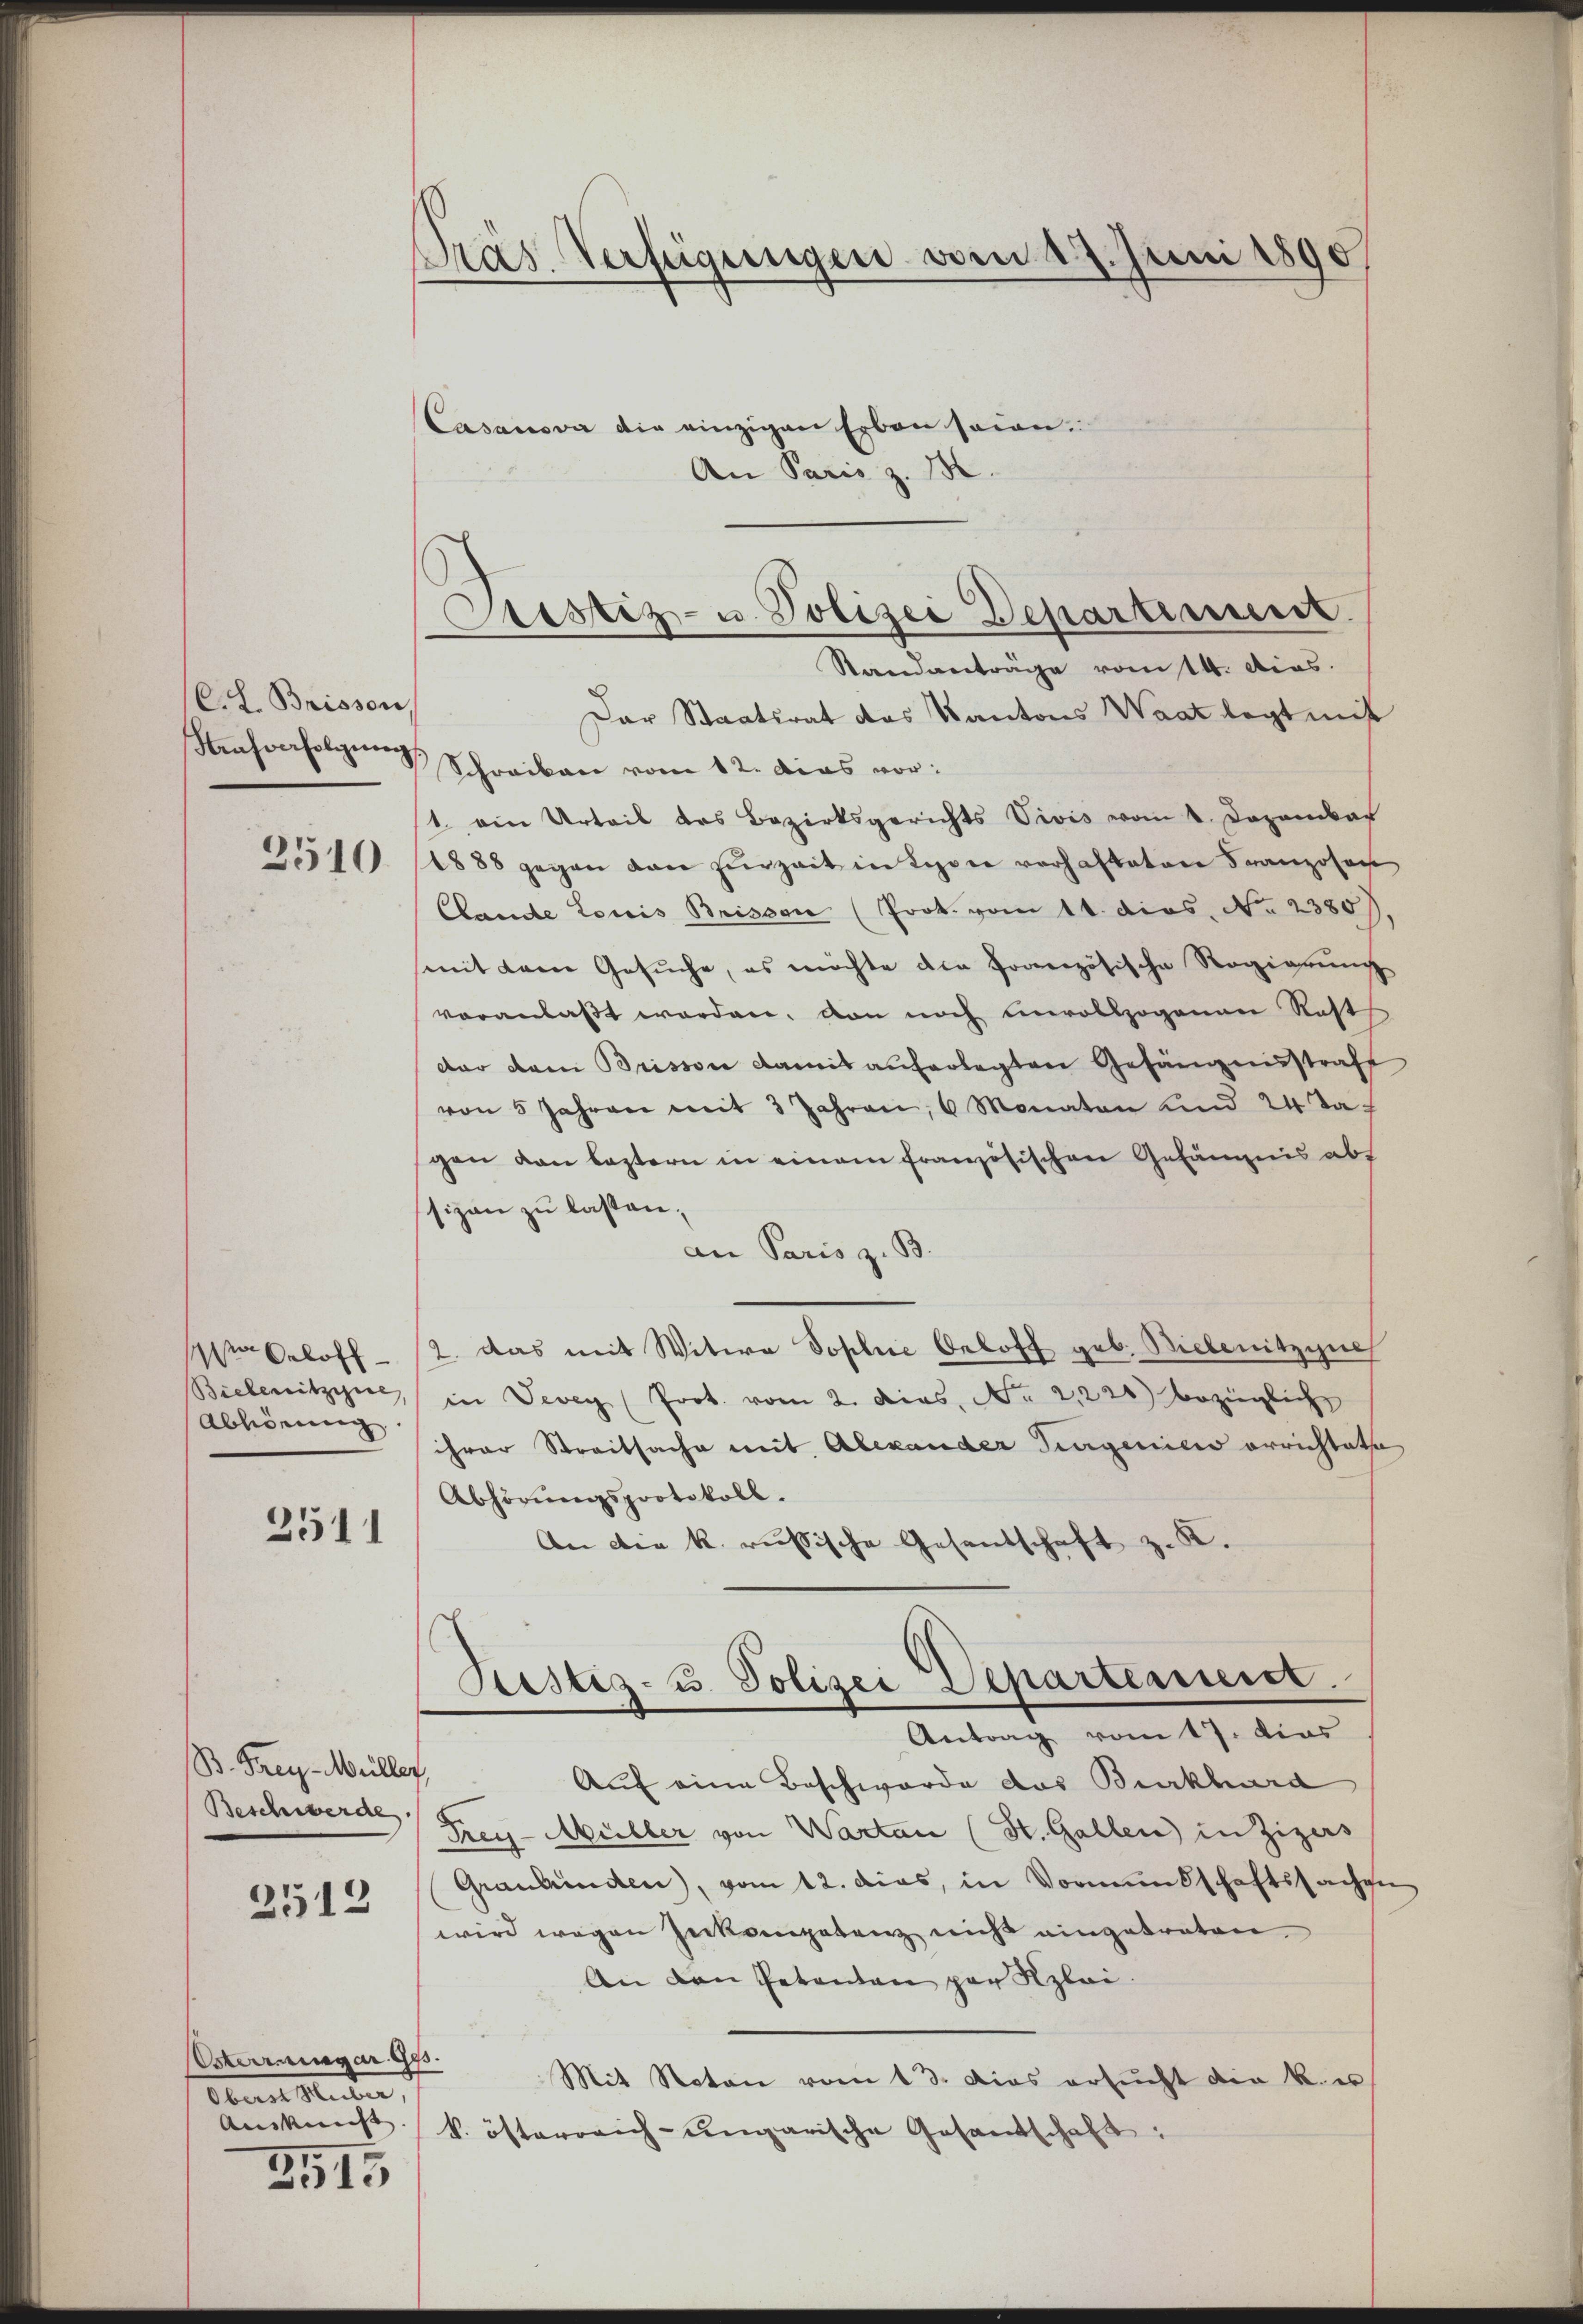
C.h. Brissen,

2510

Oehoff
Bielenitzyne,
Abhörung
2511

B. Frey-Müller,
Beschwerde.

2512

Osterringer Ges.
Staet Stube,
Auskunft. |
3515

Pras Verfügungen vom 17. Juni 1890

Casanova die einzigen Erben sein.
An Paris z. B.
Standanträge vom 14. dies.
Dar Staatsrat das Kantons Waat legt mit
Strafverfolgŭng Schreiben vom 12. das vor:
1. ein Urteil des Bezirksgerichts Vivis vom 1. Dezember
1888 gegen den zŭrzeit in Lyon verhafteten Franzosen
Clande Louis Brissen (Prok. vom 11. dies. No. 2380
mit dem Gesŭche, es möchte die französische Regierŭng
voranlaßt worden, von noch unvollzogenen Rest
dar dem Brisson damit auferlegten Gefängnisstrafe
von 5 Jahren mit 3 Jahren, 6 Monaten und 24 Jagen den lastern in einem französischen Gefängnis abs
sizen zu lassen,
an Paris z. B.
2. Das mit Witwe Sophie Oeloff geb. Bielenitzyne
in Vevey (Prot. vom 2. dies, No. 21220) bezügliche
ihrer Streitsache mit Alexander Jungenies errichtete
Abhörŭngsprotokoll.
An die k. russische Gesandschaft z. K.
Festiz- u. Polizei Departement.
Antrag vom 17. dies
Auf eine Beschwerde das Burkhard
Frey-Müller von Warten (St. Gallen in Zizers
Graubünden), vom 12. das, in Vormundschaftssachge
wird wegen Inkompetenz nicht eingetreten.
An den Petenten par Klei
Mit Noton vom 13. Das ersŭcht die k. u
k. österreich-ungarische Gesandschaft:

Prestiz- u. Polizei Departiniert.